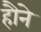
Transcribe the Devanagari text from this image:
हौने